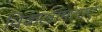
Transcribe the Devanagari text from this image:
विकलांगताएं